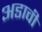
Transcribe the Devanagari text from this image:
अडावी